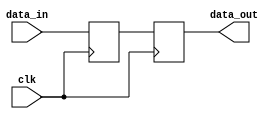
//
// Copyright (c) 2004 Guy Hutchison (ghutchis@opencores.org)
//
// Permission is hereby granted, free of charge, to any person obtaining a 
// copy of this software and associated documentation files (the "Software"), 
// to deal in the Software without restriction, including without limitation 
// the rights to use, copy, modify, merge, publish, distribute, sublicense, 
// and/or sell copies of the Software, and to permit persons to whom the 
// Software is furnished to do so, subject to the following conditions:
//
// The above copyright notice and this permission notice shall be included 
// in all copies or substantial portions of the Software.
//
// THE SOFTWARE IS PROVIDED "AS IS", WITHOUT WARRANTY OF ANY KIND, 
// EXPRESS OR IMPLIED, INCLUDING BUT NOT LIMITED TO THE WARRANTIES OF 
// MERCHANTABILITY, FITNESS FOR A PARTICULAR PURPOSE AND NONINFRINGEMENT. 
// IN NO EVENT SHALL THE AUTHORS OR COPYRIGHT HOLDERS BE LIABLE FOR ANY 
// CLAIM, DAMAGES OR OTHER LIABILITY, WHETHER IN AN ACTION OF CONTRACT, 
// TORT OR OTHERWISE, ARISING FROM, OUT OF OR IN CONNECTION WITH THE 
// SOFTWARE OR THE USE OR OTHER DEALINGS IN THE SOFTWARE.

// Simple wrapper for a clock synchronizer
//
// The following code can (should) be replaced with metastability-hardened
// flops from your technology library.

module sync2
  ( input     clk,
    input     data_in,
    output    data_out );

  reg         sync_ff1, sync_ff2;

  always @(posedge clk)
    begin
      sync_ff1 <= #1 data_in;
      sync_ff2 <= #1 sync_ff1;
    end

  assign data_out = sync_ff2;

endmodule // sync2